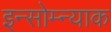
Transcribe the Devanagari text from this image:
इन्सोम्न्याक